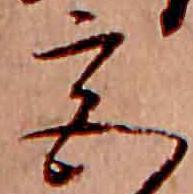
宮